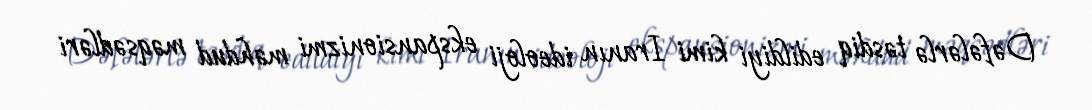
Dəfələrlə təsdiq edildiyi kimi Iranın ideoloji ekspansionizmi məhdud məqsədləri